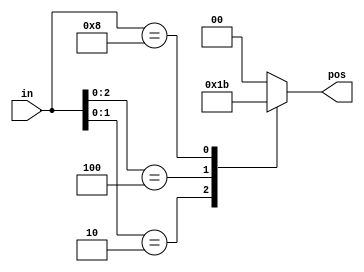
module top_module (
    input [3:0] in,
    output reg [1:0] pos  );
    
    always@(*) begin
        casex (in)
            4'bxxx1: pos = 2'd0;
            4'bxx10: pos = 2'd1;
            4'bx100: pos = 2'd2;
            4'b1000: pos = 2'd3;            
            default: pos = 0;
        endcase
    end

endmodule